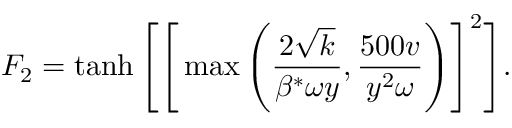
F _ { 2 } = \operatorname { t a n h } \Bigg [ \Bigg [ \operatorname* { m a x } \Bigg ( \frac { 2 \sqrt { k } } { \beta ^ { * } \omega y } , \frac { 5 0 0 v } { y ^ { 2 } \omega } \Bigg ) \Bigg ] ^ { 2 } \Bigg ] .